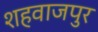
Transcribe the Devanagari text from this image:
शहवाजपुर